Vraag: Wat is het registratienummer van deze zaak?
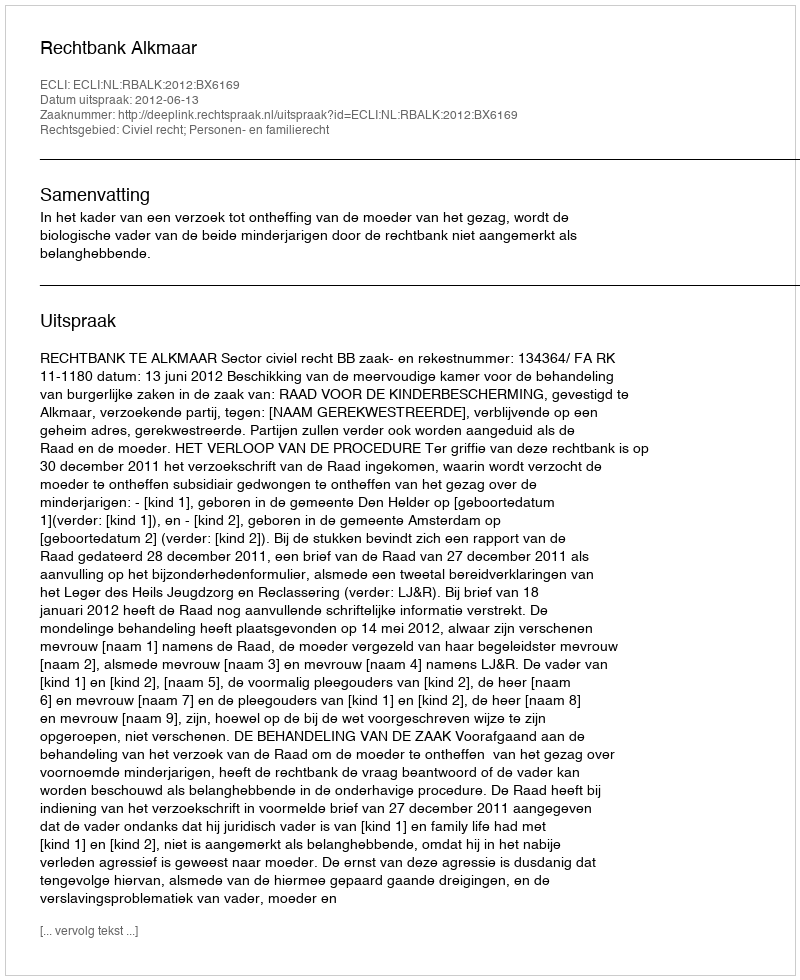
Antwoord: http://deeplink.rechtspraak.nl/uitspraak?id=ECLI:NL:RBALK:2012:BX6169